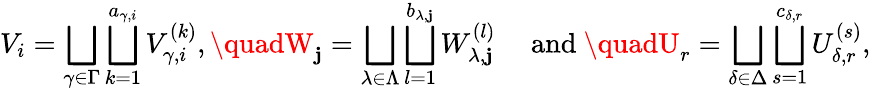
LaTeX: V_{i}=\bigsqcup_{\gamma\in\Gamma}\bigsqcup_{k=1}^{a_{\gamma,i}}V_{\gamma,i}^{(k)},\quadW_{\mathbf{j}}=\bigsqcup_{\lambda\in\Lambda}\bigsqcup_{l=1}^{b_{\lambda,\mathbf{j}}}W_{\lambda,\mathbf{j}}^{(l)}\quad\mathrm{{~and~}}\quadU_{r}=\bigsqcup_{\delta\in\Delta}\bigsqcup_{s=1}^{c_{\delta,r}}U_{\delta,r}^{(s)},